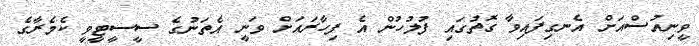
ވީނިއުސްއަށް އެނގިފައިވާ ގޮތުގައި ފުލުހުން އެ ފިހާރައަށް ވަނީ އެތަނުގެ ސީސީޓީވީ ކެމެރާގެ